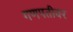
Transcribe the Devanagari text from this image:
गणपतीवर